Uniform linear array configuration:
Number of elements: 16
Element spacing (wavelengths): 0.75
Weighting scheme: binomial
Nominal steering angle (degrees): -45
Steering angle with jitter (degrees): -44.175
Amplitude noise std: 0.05
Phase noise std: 0.05

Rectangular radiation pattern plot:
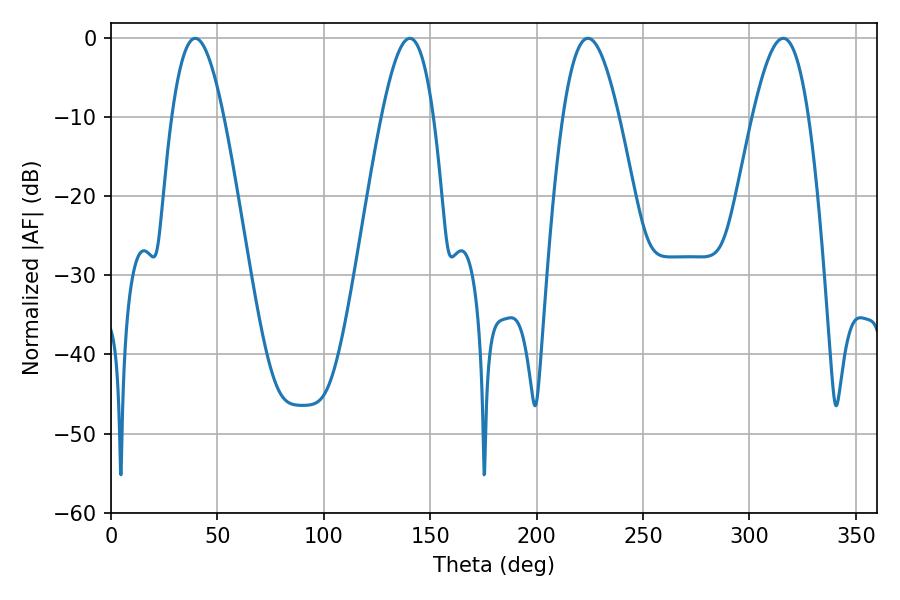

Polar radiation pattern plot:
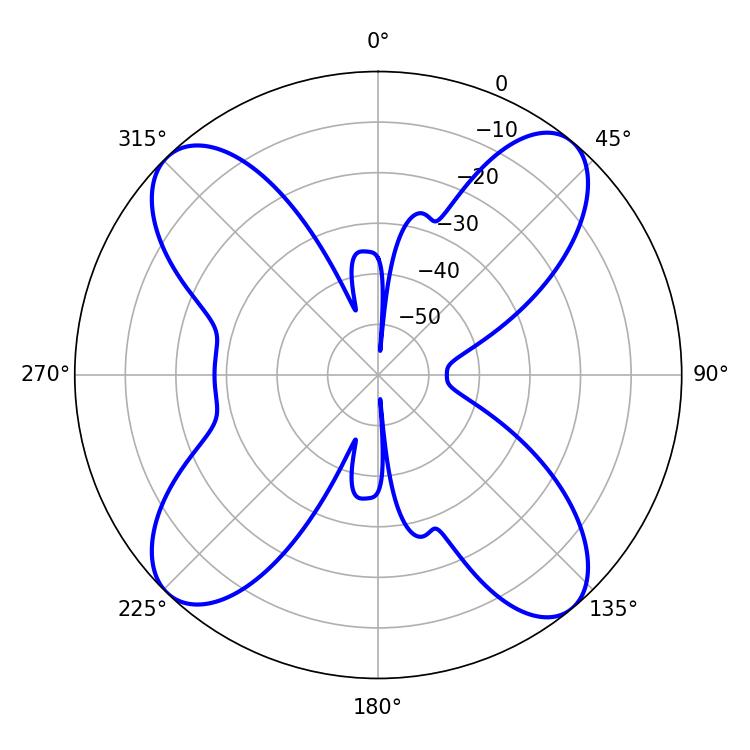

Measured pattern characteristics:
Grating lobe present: TRUE
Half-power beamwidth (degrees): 14.22
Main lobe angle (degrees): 224.1